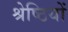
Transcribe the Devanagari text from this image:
श्रेष्ठियों